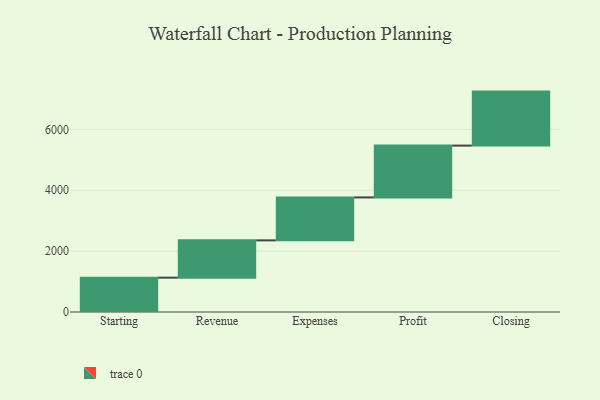
{"axis": {"x": "Step", "y": "Value"}, "legend": [""], "data": [{"x": "Starting", "y": 1128.0, "type": ""}, {"x": "Revenue", "y": 1225.0, "type": ""}, {"x": "Expenses", "y": 1411.0, "type": ""}, {"x": "Profit", "y": 1702.0, "type": ""}, {"x": "Closing", "y": 1774.0, "type": ""}]}